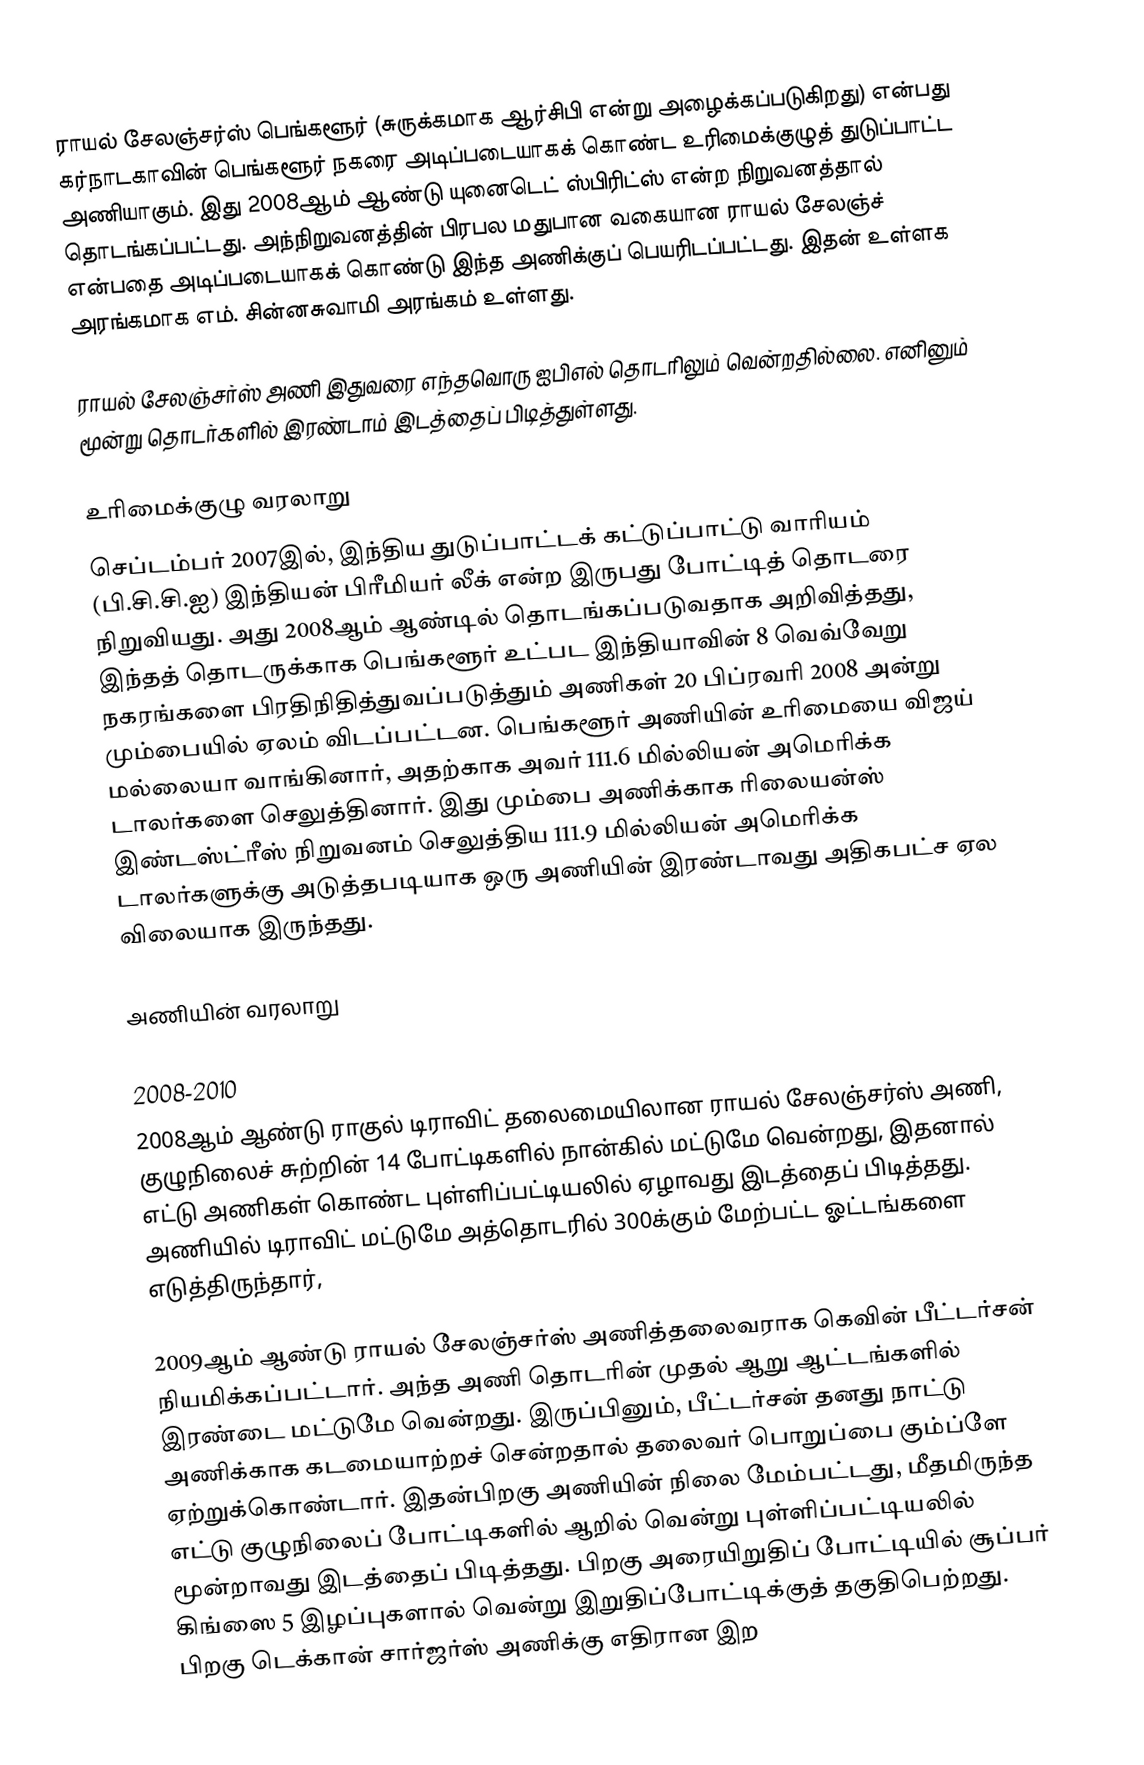
ராயல் சேலஞ்சர்ஸ் பெங்களூர் (சுருக்கமாக ஆர்சிபி என்று அழைக்கப்படுகிறது) என்பது கர்நாடகாவின் பெங்களூர் நகரை அடிப்படையாகக் கொண்ட உரிமைக்குழுத் துடுப்பாட்ட அணியாகும். இது 2008ஆம் ஆண்டு  யுனைடெட் ஸ்பிரிட்ஸ் என்ற நிறுவனத்தால் தொடங்கப்பட்டது. அந்நிறுவனத்தின் பிரபல மதுபான வகையான ராயல் சேலஞ்ச் என்பதை அடிப்படையாகக் கொண்டு இந்த அணிக்குப் பெயரிடப்பட்டது. இதன் உள்ளக அரங்கமாக எம். சின்னசுவாமி அரங்கம் உள்ளது.

ராயல் சேலஞ்சர்ஸ் அணி இதுவரை எந்தவொரு ஐபிஎல் தொடரிலும் வென்றதில்லை. எனினும் மூன்று தொடர்களில் இரண்டாம் இடத்தைப் பிடித்துள்ளது.

உரிமைக்குழு வரலாறு
செப்டம்பர் 2007இல், இந்திய துடுப்பாட்டக் கட்டுப்பாட்டு வாரியம் (பி.சி.சி.ஐ) இந்தியன் பிரீமியர் லீக் என்ற இருபது போட்டித் தொடரை நிறுவியது. அது 2008ஆம் ஆண்டில் தொடங்கப்படுவதாக அறிவித்தது, இந்தத் தொடருக்காக பெங்களூர் உட்பட இந்தியாவின் 8 வெவ்வேறு நகரங்களை பிரதிநிதித்துவப்படுத்தும் அணிகள் 20 பிப்ரவரி 2008 அன்று மும்பையில் ஏலம் விடப்பட்டன. பெங்களூர் அணியின் உரிமையை விஜய் மல்லையா வாங்கினார், அதற்காக அவர் 111.6 மில்லியன் அமெரிக்க டாலர்களை செலுத்தினார். இது மும்பை அணிக்காக ரிலையன்ஸ் இண்டஸ்ட்ரீஸ் நிறுவனம் செலுத்திய 111.9 மில்லியன் அமெரிக்க டாலர்களுக்கு அடுத்தபடியாக ஒரு அணியின் இரண்டாவது அதிகபட்ச ஏல விலையாக இருந்தது.

அணியின் வரலாறு

2008-2010
2008ஆம் ஆண்டு ராகுல் டிராவிட் தலைமையிலான ராயல் சேலஞ்சர்ஸ் அணி, குழுநிலைச் சுற்றின் 14 போட்டிகளில் நான்கில் மட்டுமே வென்றது, இதனால் எட்டு அணிகள் கொண்ட புள்ளிப்பட்டியலில் ஏழாவது இடத்தைப் பிடித்தது. அணியில் டிராவிட் மட்டுமே அத்தொடரில் 300க்கும் மேற்பட்ட ஓட்டங்களை எடுத்திருந்தார்,

2009ஆம் ஆண்டு ராயல் சேலஞ்சர்ஸ் அணித்தலைவராக கெவின் பீட்டர்சன் நியமிக்கப்பட்டார். அந்த அணி தொடரின் முதல் ஆறு ஆட்டங்களில் இரண்டை மட்டுமே வென்றது. இருப்பினும், பீட்டர்சன் தனது நாட்டு அணிக்காக கடமையாற்றச் சென்றதால்  தலைவர் பொறுப்பை கும்ப்ளே ஏற்றுக்கொண்டார். இதன்பிறகு அணியின் நிலை மேம்பட்டது, மீதமிருந்த எட்டு குழுநிலைப் போட்டிகளில் ஆறில் வென்று புள்ளிப்பட்டியலில் மூன்றாவது இடத்தைப் பிடித்தது. பிறகு அரையிறுதிப் போட்டியில் சூப்பர் கிங்ஸை 5 இழப்புகளால் வென்று இறுதிப்போட்டிக்குத் தகுதிபெற்றது. பிறகு டெக்கான் சார்ஜர்ஸ் அணிக்கு எதிரான இற